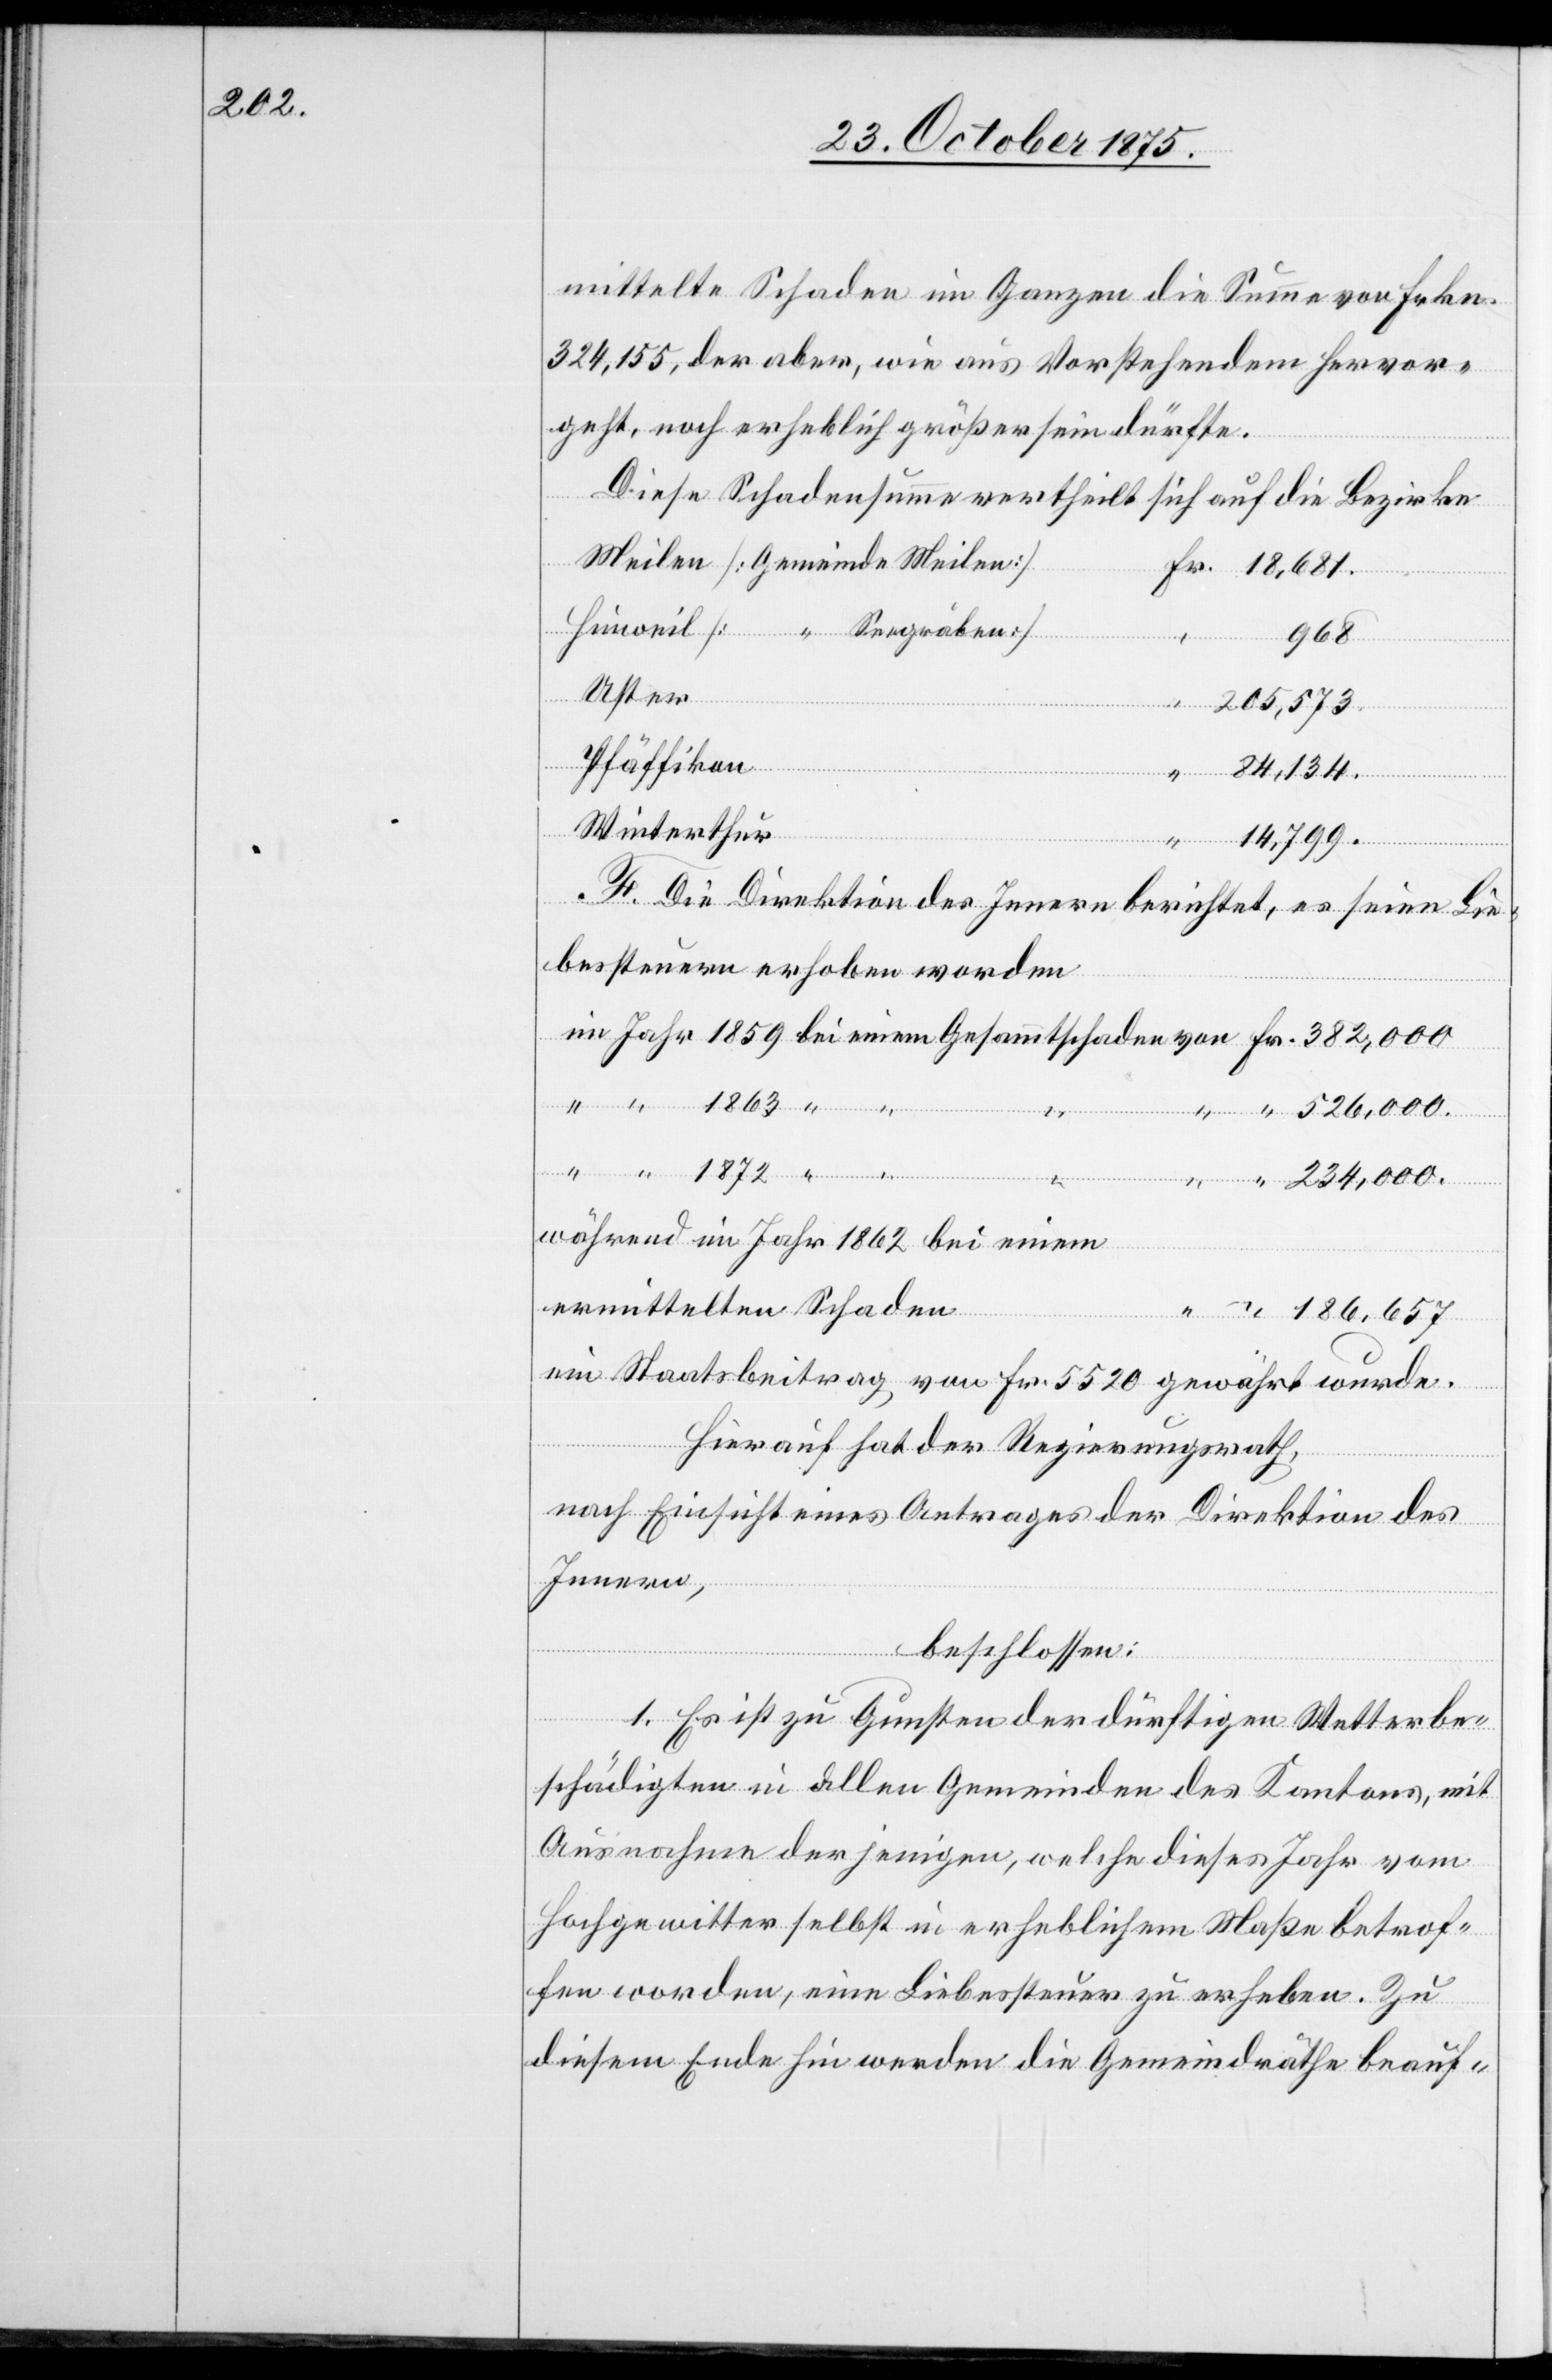
234,000.

mittelte Schaden im Ganzen die Summe von Frkn.
324,155, der aber, wie aus Vorstehendem hervor¬
geht, noch erheblich größer sein dürfte.
Diese Schadensumme vertheilt sich auf die Bezirke
Fr.
968.
Uster
205,573.
Pfäffikon
84,134.
gräben]
Winterthur
14,799.
F. Die Direktion des Innern berichtet, es seien Lie¬
bessteuern erhoben worden
1863
sammtschaden
See¬
einem
Ge¬
während im Jahr 1862 bei einem
bei
ermittelten Schaden
ein Staatsbeitrag von Fr. 5520 gewährt wurde.
Hierauf hat der Regierungsrath,
nach Einsicht eines Antrages der Direktion des
Innern,
beschlossen:
“
“
1. Es ist zu Gunsten der dürftigen Wetterbe¬
schädigten in allen Gemeinden des Kantons, mit
Ausnahme derjenigen, welche dieses Jahr vom
Hochgewitter selbst in erheblichem Maße betrof¬
fen worden, eine Liebessteuer zu erheben. Zu
von
diesem Ende hin werden die Gemeindräthe beauf-